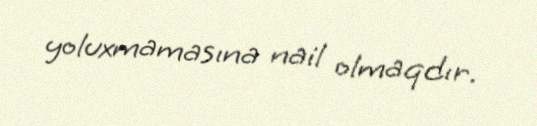
yoluxmamasına nail olmaqdır.